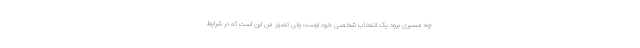
چه مسیری برود یک انتخاب شخصی خود اوست ولی تصور من این است که در شرایط